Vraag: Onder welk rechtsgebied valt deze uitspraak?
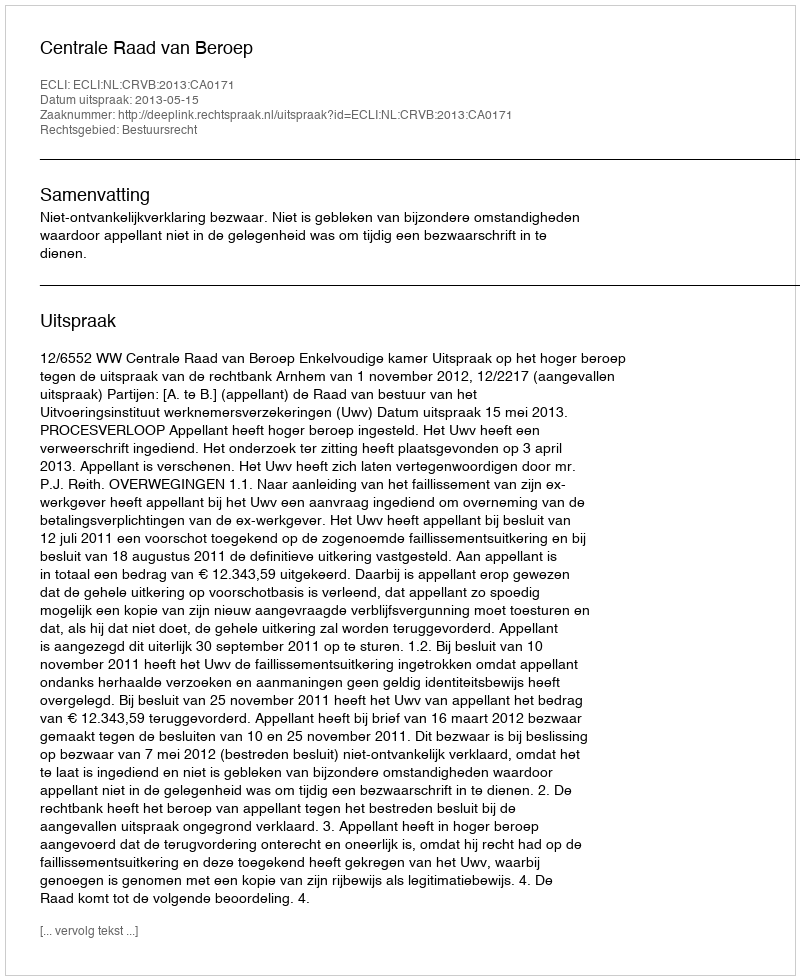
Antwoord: Bestuursrecht